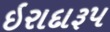
ઇરાદારૂપ